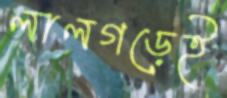
লালগড়েই